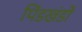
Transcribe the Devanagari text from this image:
पिंडखंडों